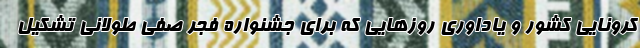
کرونایی کشور و یاداوری روزهایی که برای جشنواره فجر صفی طولانی تشکیل